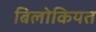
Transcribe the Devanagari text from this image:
बिलोकियत